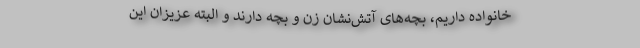
خانواده داریم، بچه‌های آتش‌نشان زن و بچه دارند و البته عزیزان این